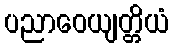
ပညာဝေယျတ္တိယံ